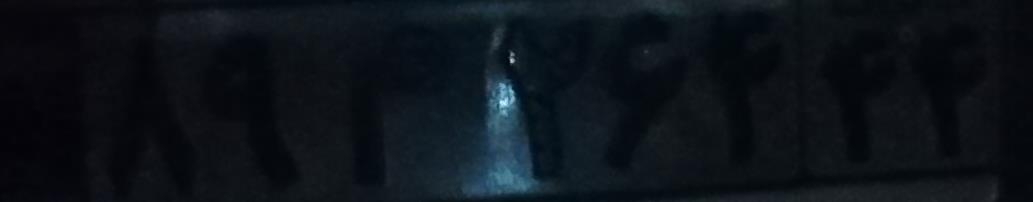
۸۹م۲۶۴۴۴